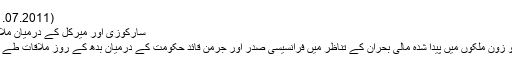
(21.07.2011)
سارکوزی اور میرکل کے درمیان ملاقات
یورو زون ملکوں میں پیدا شدہ مالی بحران کے تناظر میں فرانسیسی صدر اور جرمن قائد حکومت کے درمیان بدھ کے روز ملاقات طے ہے۔